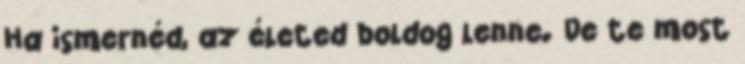
Ha ismernéd, az életed boldog lenne. De te most